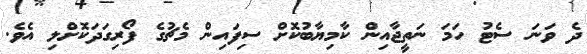
ދެ ވަނަ ސެޓު ހަމަ ނަތީޖާއިން ކާމިޔާބުކޮށް ސިފައިން މެޗުގެ ފޯރިގަދަކޮށްލި އެވެ.